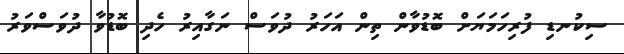
ސިކުނޑި ފުރިހަމަޔަށް ބޮޑުވާން ތިން އަހަރު ދުވަސް ނަގާއިރު ހެދި ބޮޑުވާ ދުވަސްވަރު